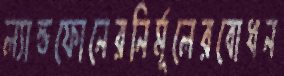
ল্যান্ডফোনেরনির্মূলেরবোধন